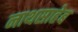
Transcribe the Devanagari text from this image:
नाथसाहेब